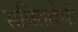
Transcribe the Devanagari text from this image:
सवितादेवी